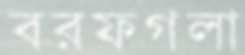
বরফগলা